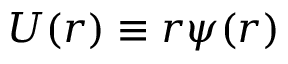
U ( r ) \equiv r \psi ( r )